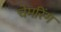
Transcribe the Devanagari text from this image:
चेमरिंग